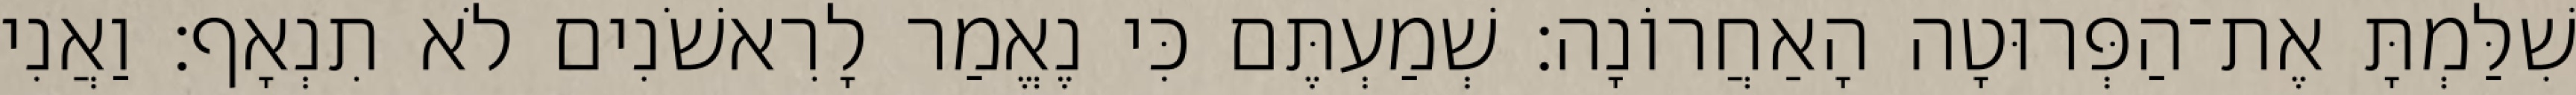
שִׁלַּמְתָּ אֶת־הַפְּרוּטָה הָאַחֲרוֹנָה׃ שְׁמַעְתֶּם כִּי נֶאֱמַר לָרִאשֹׁנִים לֹא תִנְאָף׃ וַאֲנִי